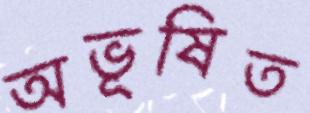
অভূষিত